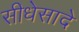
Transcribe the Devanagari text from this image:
सीधेसादे